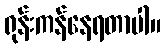
ရုန်းကန်နေရတာပါ။